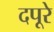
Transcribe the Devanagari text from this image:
दपूरे